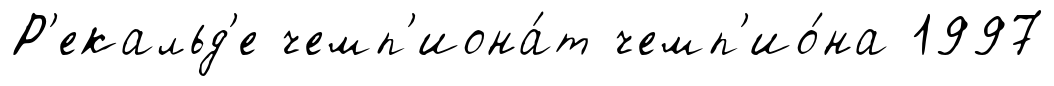
Р'екальд'е чемп'иона́т чемп'ио́на 1997